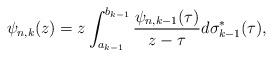
LaTeX: \begin{align*}\psi_{n,k}(z)=z\int_{a_{k-1}}^{b_{k-1}}\frac{\psi_{n,k-1}(\tau)}{z-\tau} d\sigma_{k-1}^{*}(\tau),\end{align*}